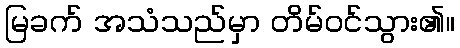
မြခက် အသံသည်မှာ တိမ်ဝင်သွား၏။